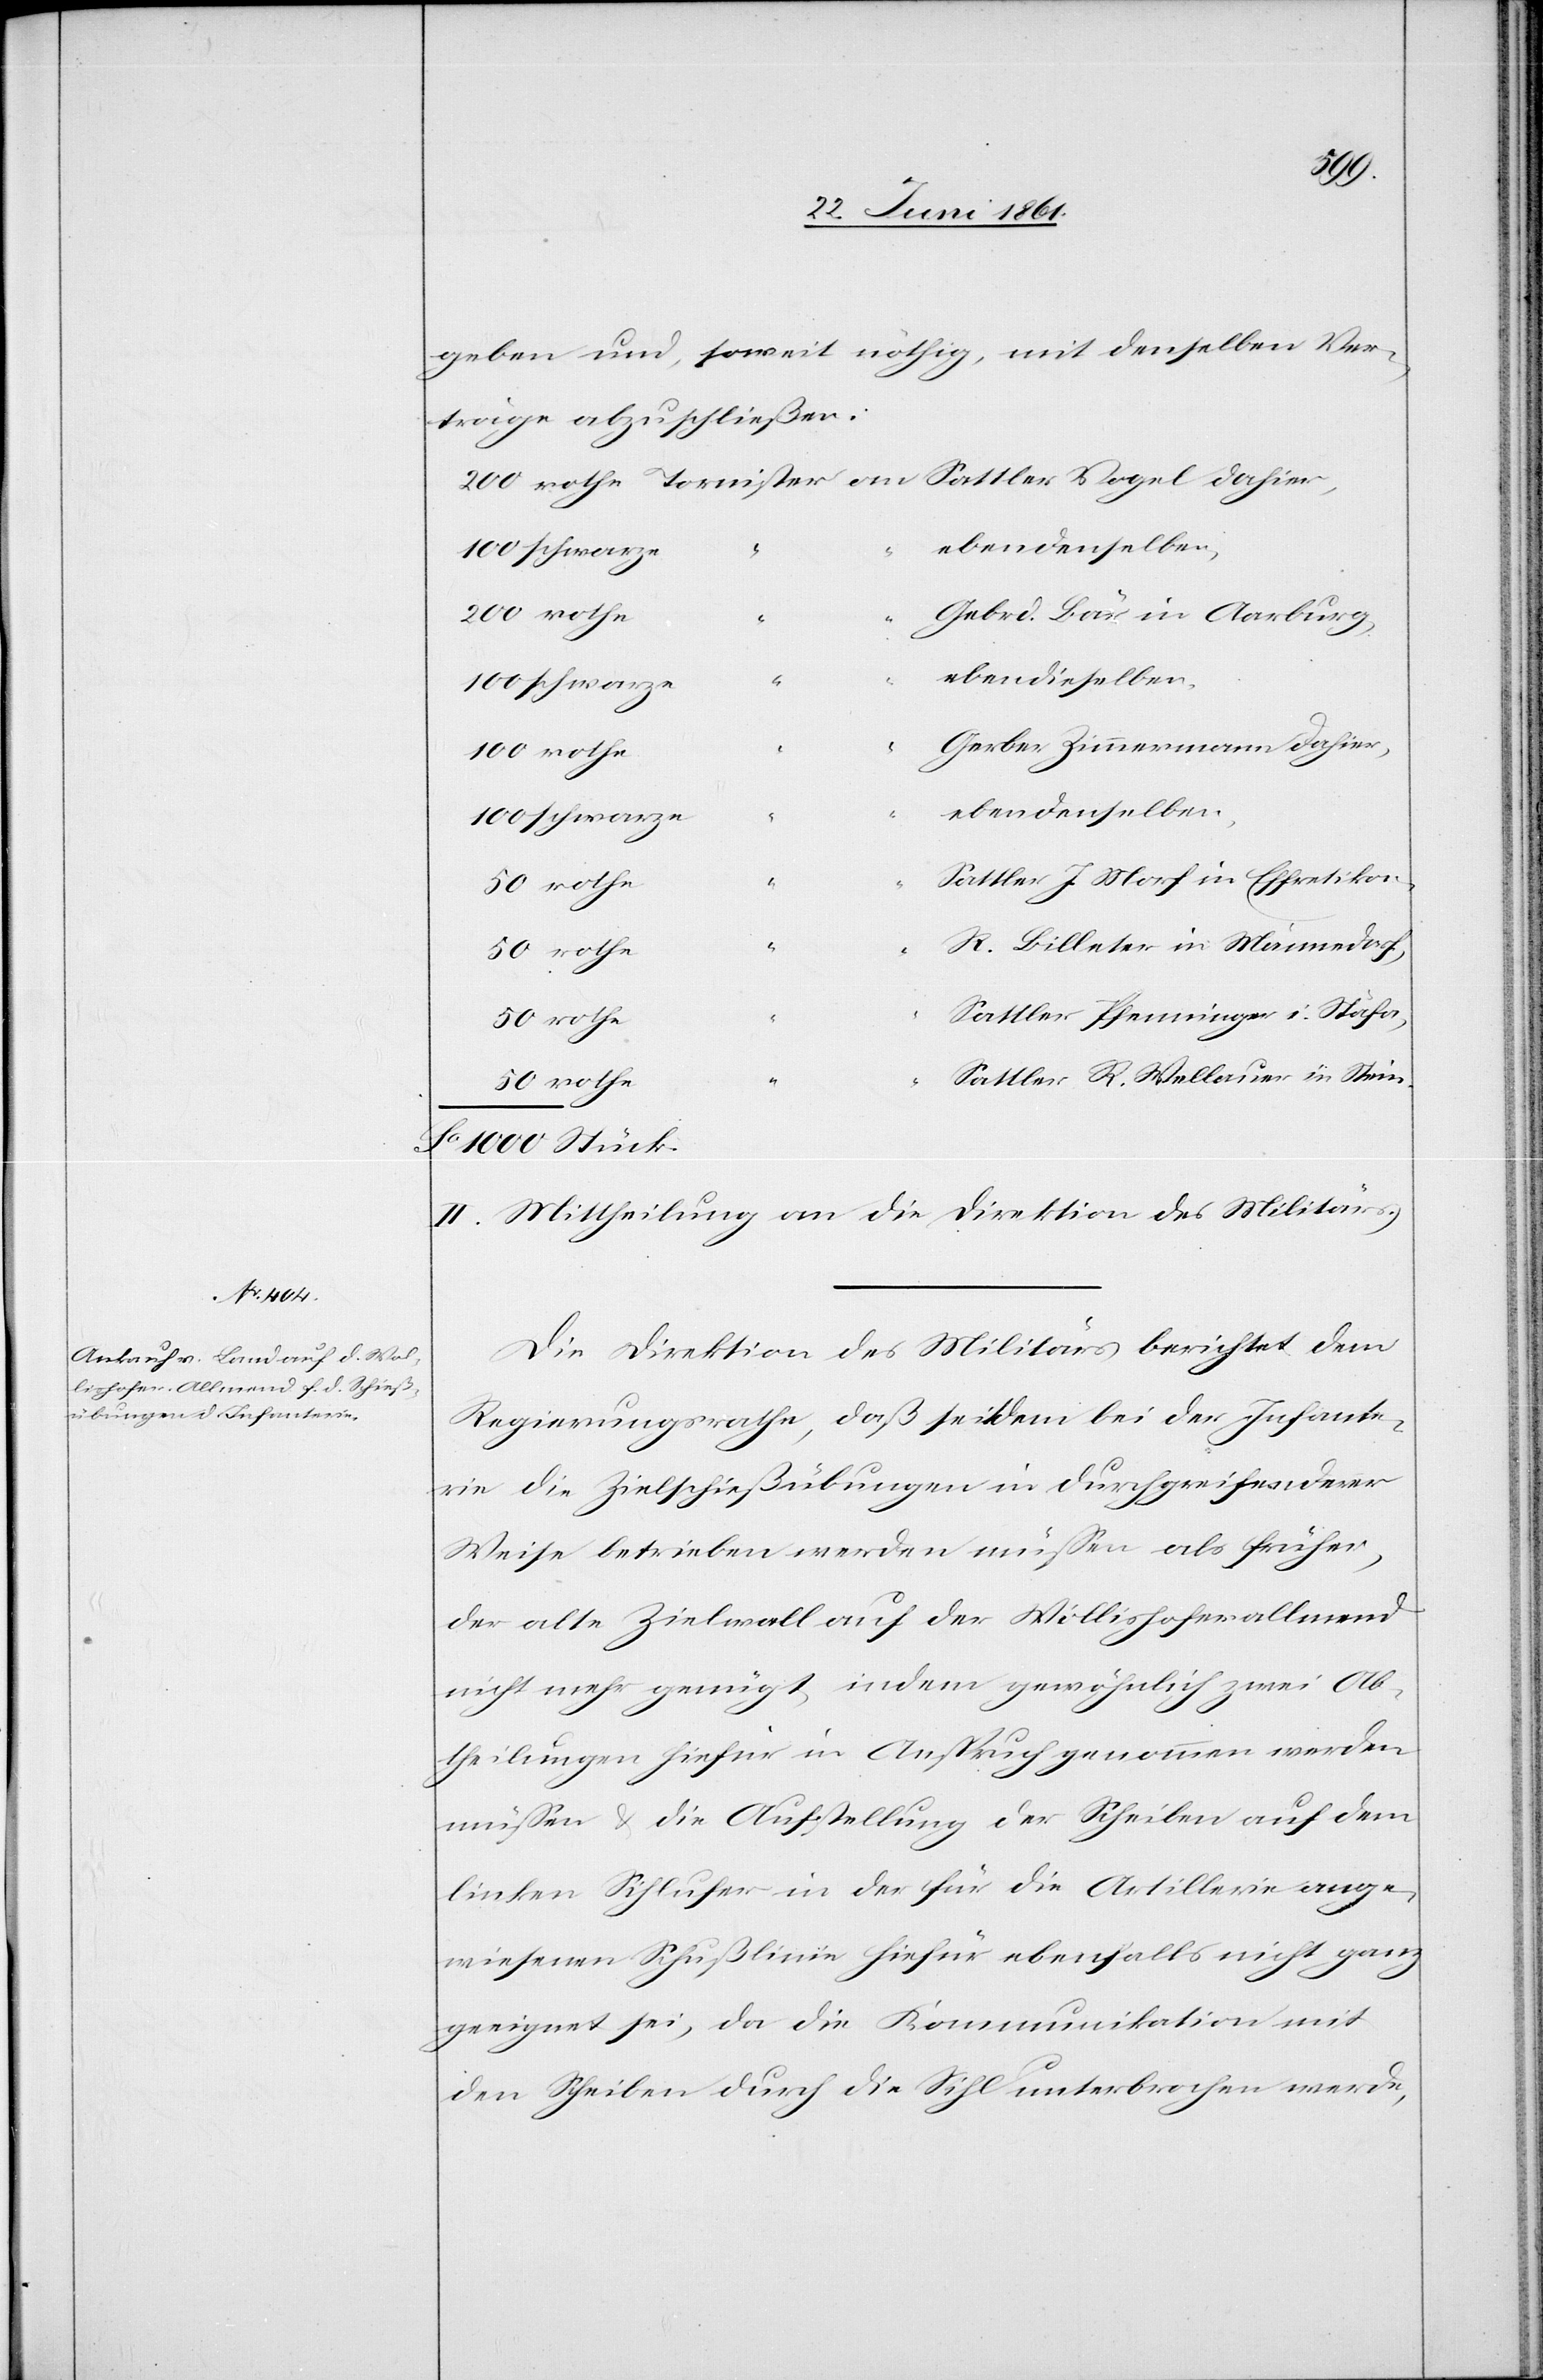
geben und, soweit nöthig, mit denselben Ver¬
träge abzuschließen:
ebendenselben,
in.
Gebrd. Bär in Aarburg,
ebendieselben.
schwarze
Gerber Zimmermann dahier,
Sattler J. Morf in Effretikon,
R. Billeter in Männedorf,
Sattler Pfenninger i. Stäfa,
rothe
Sattler R. Wellauer in Ste¬
II. Mittheilung an die Direktion des Militärs.
Die Direktion des Militärs berichtet dem
Regierungsrathe, daß seit dem bei der Infante¬
rie die Zielschießübungen in durchgreifender
Weise betrieben werden müssen als früher,
der alte Zielwall auf der Wollishoferallmend
nicht mehr genügt, indem gewöhnlich zwei Ab¬
theilungen hiefür in Anspruch genommen werden
müssen u. die Aufstellung der Scheiben auf dem
linken Sihlufer in der für die Artillerie ange¬
wiesenen Schußlinie hiefür ebenfalls nicht ganz
geeignet sei, da die Kommunikation mit
den Scheiben durch die Sihl unterbrochen werde,